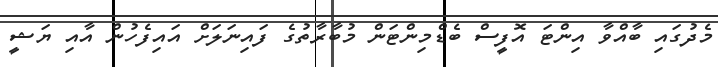
މެދުގައި ބާއްވާ އިންޓަ އޮފީސް ބެޑްމިންޓަން މުބާރާތުގެ ފައިނަލަށް އައިފެހުން އާއި ޔަޝީ